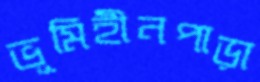
ভূমিহীনপাড়া